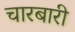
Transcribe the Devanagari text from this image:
चारबारी